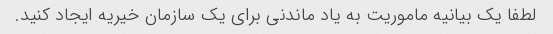
لطفا یک بیانیه ماموریت به یاد ماندنی برای یک سازمان خیریه ایجاد کنید.